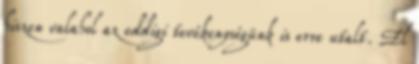
hiszen valahol az eddigi tevékenységünk is erre utalt. El